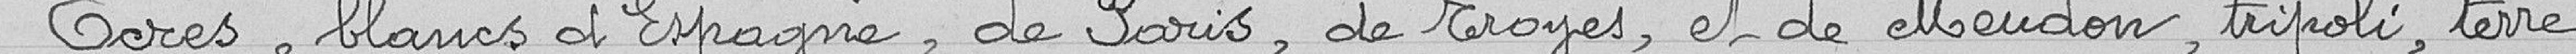
Ocres, blancs d’Espagne, de Paris, de Troyes et de Meudon, Tripoli, terre